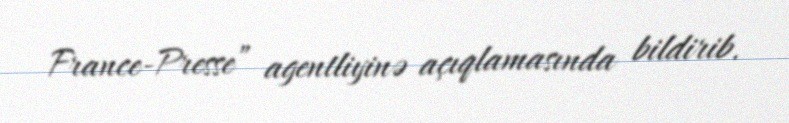
France-Presse” agentliyinə açıqlamasında bildirib.